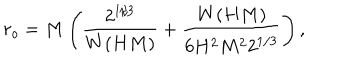
r _ { o } = M \left( \frac { 2 ^ { 1 / 3 } } { W ( H M ) } + \frac { W ( H M ) } { 6 H ^ { 2 } M ^ { 2 } 2 ^ { 1 / 3 } } \right) ,